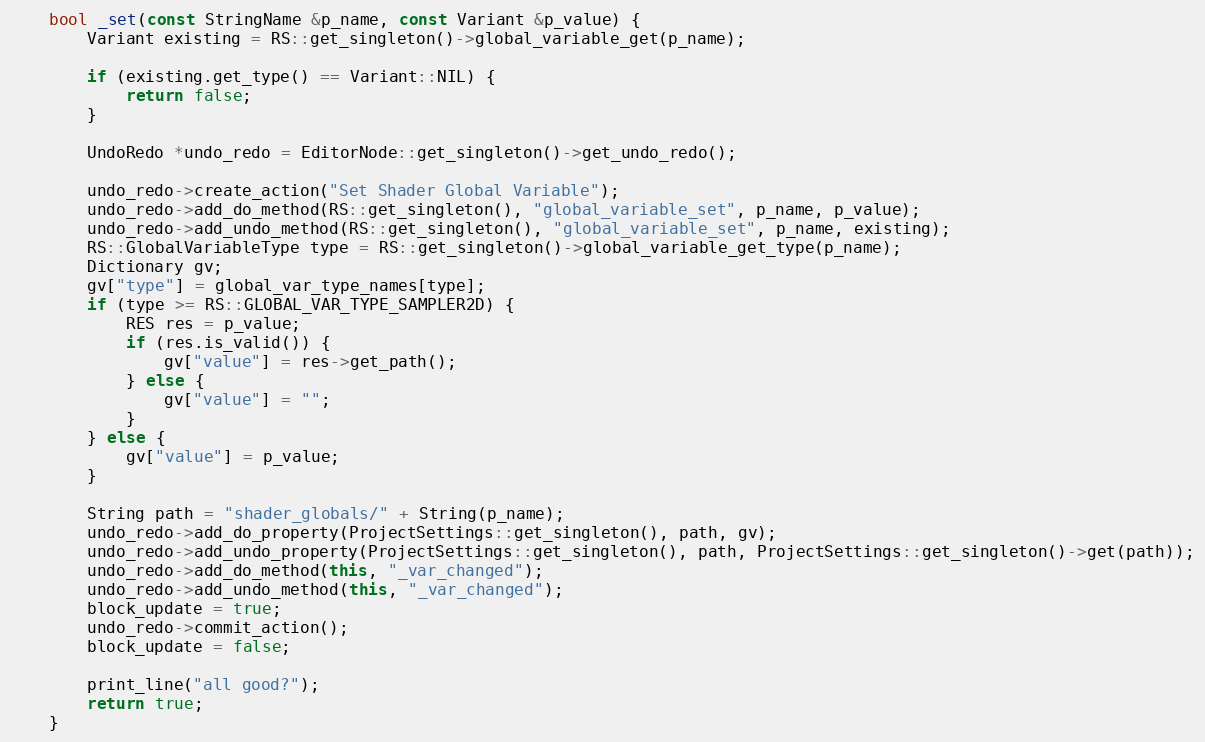
Language: C++
	bool _set(const StringName &p_name, const Variant &p_value) {
		Variant existing = RS::get_singleton()->global_variable_get(p_name);

		if (existing.get_type() == Variant::NIL) {
			return false;
		}

		UndoRedo *undo_redo = EditorNode::get_singleton()->get_undo_redo();

		undo_redo->create_action("Set Shader Global Variable");
		undo_redo->add_do_method(RS::get_singleton(), "global_variable_set", p_name, p_value);
		undo_redo->add_undo_method(RS::get_singleton(), "global_variable_set", p_name, existing);
		RS::GlobalVariableType type = RS::get_singleton()->global_variable_get_type(p_name);
		Dictionary gv;
		gv["type"] = global_var_type_names[type];
		if (type >= RS::GLOBAL_VAR_TYPE_SAMPLER2D) {
			RES res = p_value;
			if (res.is_valid()) {
				gv["value"] = res->get_path();
			} else {
				gv["value"] = "";
			}
		} else {
			gv["value"] = p_value;
		}

		String path = "shader_globals/" + String(p_name);
		undo_redo->add_do_property(ProjectSettings::get_singleton(), path, gv);
		undo_redo->add_undo_property(ProjectSettings::get_singleton(), path, ProjectSettings::get_singleton()->get(path));
		undo_redo->add_do_method(this, "_var_changed");
		undo_redo->add_undo_method(this, "_var_changed");
		block_update = true;
		undo_redo->commit_action();
		block_update = false;

		print_line("all good?");
		return true;
	}